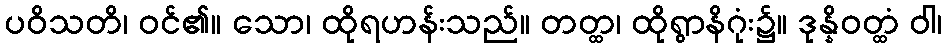
ပဝိသတိ၊ ဝင်၏။ သော၊ ထိုရဟန်းသည်။ တတ္ထ၊ ထိုရွာနိဂုံး၌။ ဒုန္နိဝတ္ထံ ဝါ၊